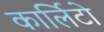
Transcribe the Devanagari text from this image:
कार्लिटो